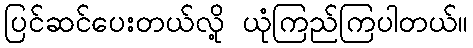
ပြင်ဆင်ပေးတယ်လို့ ယုံကြည်ကြပါတယ်။